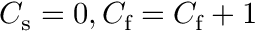
C _ { \mathrm { s } } = 0 , C _ { \mathrm { f } } = C _ { \mathrm { f } } + 1